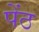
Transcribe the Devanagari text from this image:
पेंठ